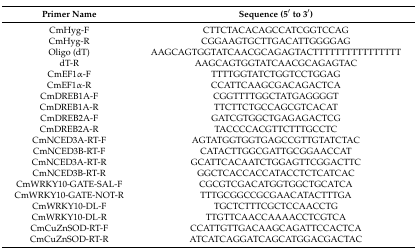
<table><thead><tr><td><b>Primer Name</b></td><td><b>Sequence (5′ to 3′)</b></td></tr></thead><tbody><tr><td>CmHyg-F</td><td>CTTCTACACAGCCATCGGTCCAG</td></tr><tr><td>CmHyg-R</td><td>CGGAAGTGCTTGACATTGGGGAG</td></tr><tr><td>Oligo (dT)</td><td>AAGCAGTGGTATCAACGCAGAGTACTTTTTTTTTTTTTTTT</td></tr><tr><td>dT-R</td><td>AAGCAGTGGTATCAACGCAGAGTAC</td></tr><tr><td>CmEF1α-F</td><td>TTTTGGTATCTGGTCCTGGAG</td></tr><tr><td>CmEF1α-R</td><td>CCATTCAAGCGACAGACTCA</td></tr><tr><td>CmDREB1A-F</td><td>CGGTTTTGGCTATGAGGGGT</td></tr><tr><td>CmDREB1A-R</td><td>TTCTTCTGCCAGCGTCACAT</td></tr><tr><td>CmDREB2A-F</td><td>GATCGTGGCTGAGAGACTCG</td></tr><tr><td>CmDREB2A-R</td><td>TACCCCACGTTCTTTGCCTC</td></tr><tr><td>CmNCED3A-RT-F</td><td>AGTATGGTGGTGAGCCGTTGTATCTAC</td></tr><tr><td>CmNCED3B-RT-F</td><td>CATACTTGGCGATTGCGGAACCAT</td></tr><tr><td>CmNCED3A-RT-R</td><td>GCATTCACAATCTGGAGTTCGGACTTC</td></tr><tr><td>CmNCED3B-RT-R</td><td>GGCTCACCACCATACCTCTCATCAC</td></tr><tr><td>CmWRKY10-GATE-SAL-F</td><td>CGCGTCGACATGGTGGCTGCATCA</td></tr><tr><td>CmWRKY10-GATE-NOT-R</td><td>TTTGCGGCCGCGAACATACTTTGA</td></tr><tr><td>CmWRKY10-DL-F</td><td>TGCTCTTTCGCTCCAACCTG</td></tr><tr><td>CmWRKY10-DL-R</td><td>TTGTTCAACCAAAACCTCGTCA</td></tr><tr><td>CmCuZnSOD-RT-F</td><td>CCATTGTTGACAAGCAGATTCCACTCA</td></tr><tr><td>CmCuZnSOD-RT-R</td><td>ATCATCAGGATCAGCATGGACGACTAC</td></tr></tbody></table>